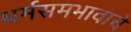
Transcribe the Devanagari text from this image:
धर्मसमभावाचे